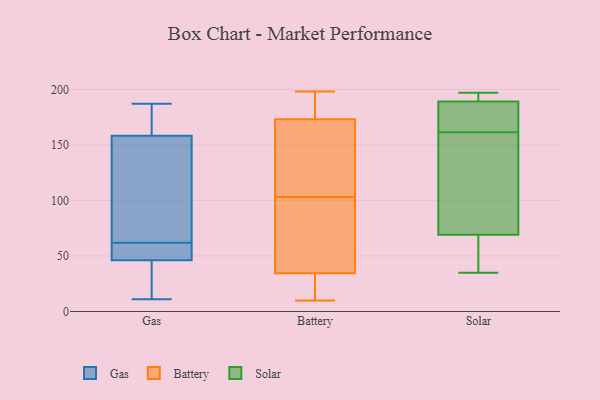
{"axis": {"x": "Gross Profit (USD K)", "y": "Value"}, "legend": ["Battery", "Gas", "Solar"], "data": [{"x": "", "y": 127, "type": "Gas"}, {"x": "", "y": 173, "type": "Gas"}, {"x": "", "y": 53, "type": "Gas"}, {"x": "", "y": 62, "type": "Gas"}, {"x": "", "y": 83, "type": "Gas"}, {"x": "", "y": 154, "type": "Gas"}, {"x": "", "y": 62, "type": "Gas"}, {"x": "", "y": 11, "type": "Gas"}, {"x": "", "y": 38, "type": "Gas"}, {"x": "", "y": 26, "type": "Gas"}, {"x": "", "y": 49, "type": "Gas"}, {"x": "", "y": 187, "type": "Gas"}, {"x": "", "y": 171, "type": "Gas"}, {"x": "", "y": 103, "type": "Battery"}, {"x": "", "y": 33, "type": "Battery"}, {"x": "", "y": 198, "type": "Battery"}, {"x": "", "y": 10, "type": "Battery"}, {"x": "", "y": 46, "type": "Battery"}, {"x": "", "y": 15, "type": "Battery"}, {"x": "", "y": 187, "type": "Battery"}, {"x": "", "y": 120, "type": "Battery"}, {"x": "", "y": 39, "type": "Battery"}, {"x": "", "y": 167, "type": "Battery"}, {"x": "", "y": 175, "type": "Battery"}, {"x": "", "y": 112, "type": "Solar"}, {"x": "", "y": 176, "type": "Solar"}, {"x": "", "y": 197, "type": "Solar"}, {"x": "", "y": 173, "type": "Solar"}, {"x": "", "y": 197, "type": "Solar"}, {"x": "", "y": 35, "type": "Solar"}, {"x": "", "y": 189, "type": "Solar"}, {"x": "", "y": 69, "type": "Solar"}, {"x": "", "y": 63, "type": "Solar"}, {"x": "", "y": 150, "type": "Solar"}]}